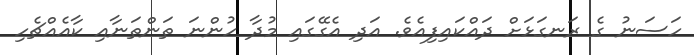
ހަސަނު ގެ ރަނގަޅަށް ދައްކައިފިއެވެ. އަދި އެގޭގައި މުދާ ހުންނަ ތަންތަނާއި ކާއެއްޗެހި